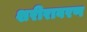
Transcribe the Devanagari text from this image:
शरीरावरण